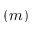
( m )